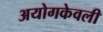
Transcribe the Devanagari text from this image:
अयोगकेवली